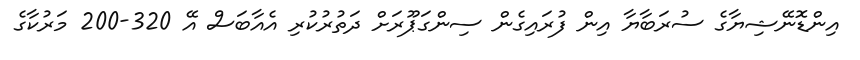
އިންޑޮނޭޝިޔާގެ ސުރަބާޔާ އިން ފުރައިގެން ސިންގަޕޫރަށް ދަތުރުކުރި އެއާބަސް އޭ 320-200 މަރުކާގެ